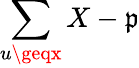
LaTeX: \sum\limits_{u\geqx}X-\mathfrak{p}